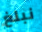
نبلغ